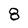
Character: 8